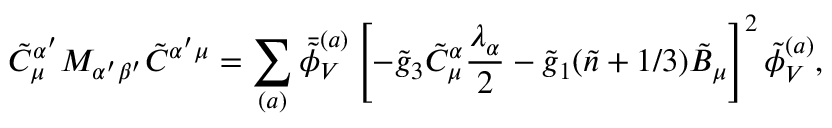
\tilde { C } _ { \mu } ^ { \alpha ^ { \prime } } M _ { \alpha ^ { \prime } \beta ^ { \prime } } \tilde { C } ^ { \alpha ^ { \prime } \mu } = \sum _ { ( a ) } \bar { \tilde { \phi } } _ { V } ^ { ( a ) } \left[ - \tilde { g } _ { 3 } \tilde { C } _ { \mu } ^ { \alpha } \frac { \lambda _ { \alpha } } { 2 } - \tilde { g } _ { 1 } ( \tilde { n } + 1 / 3 ) \tilde { B } _ { \mu } \right] ^ { 2 } \tilde { \phi } _ { V } ^ { ( a ) } ,